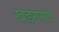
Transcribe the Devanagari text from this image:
खड़गराव